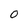
Character: 0